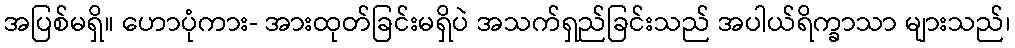
အပြစ်မရှိ။ ဟောပုံကား- အားထုတ်ခြင်းမရှိပဲ အသက်ရှည်ခြင်းသည် အပါယ်ရိက္ခာသာ များသည်၊